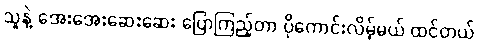
သူနဲ့ အေးအေးဆေးဆေး ပြောကြည့်တာ ပိုကောင်းလိမ့်မယ် ထင်တယ်